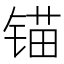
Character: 锚